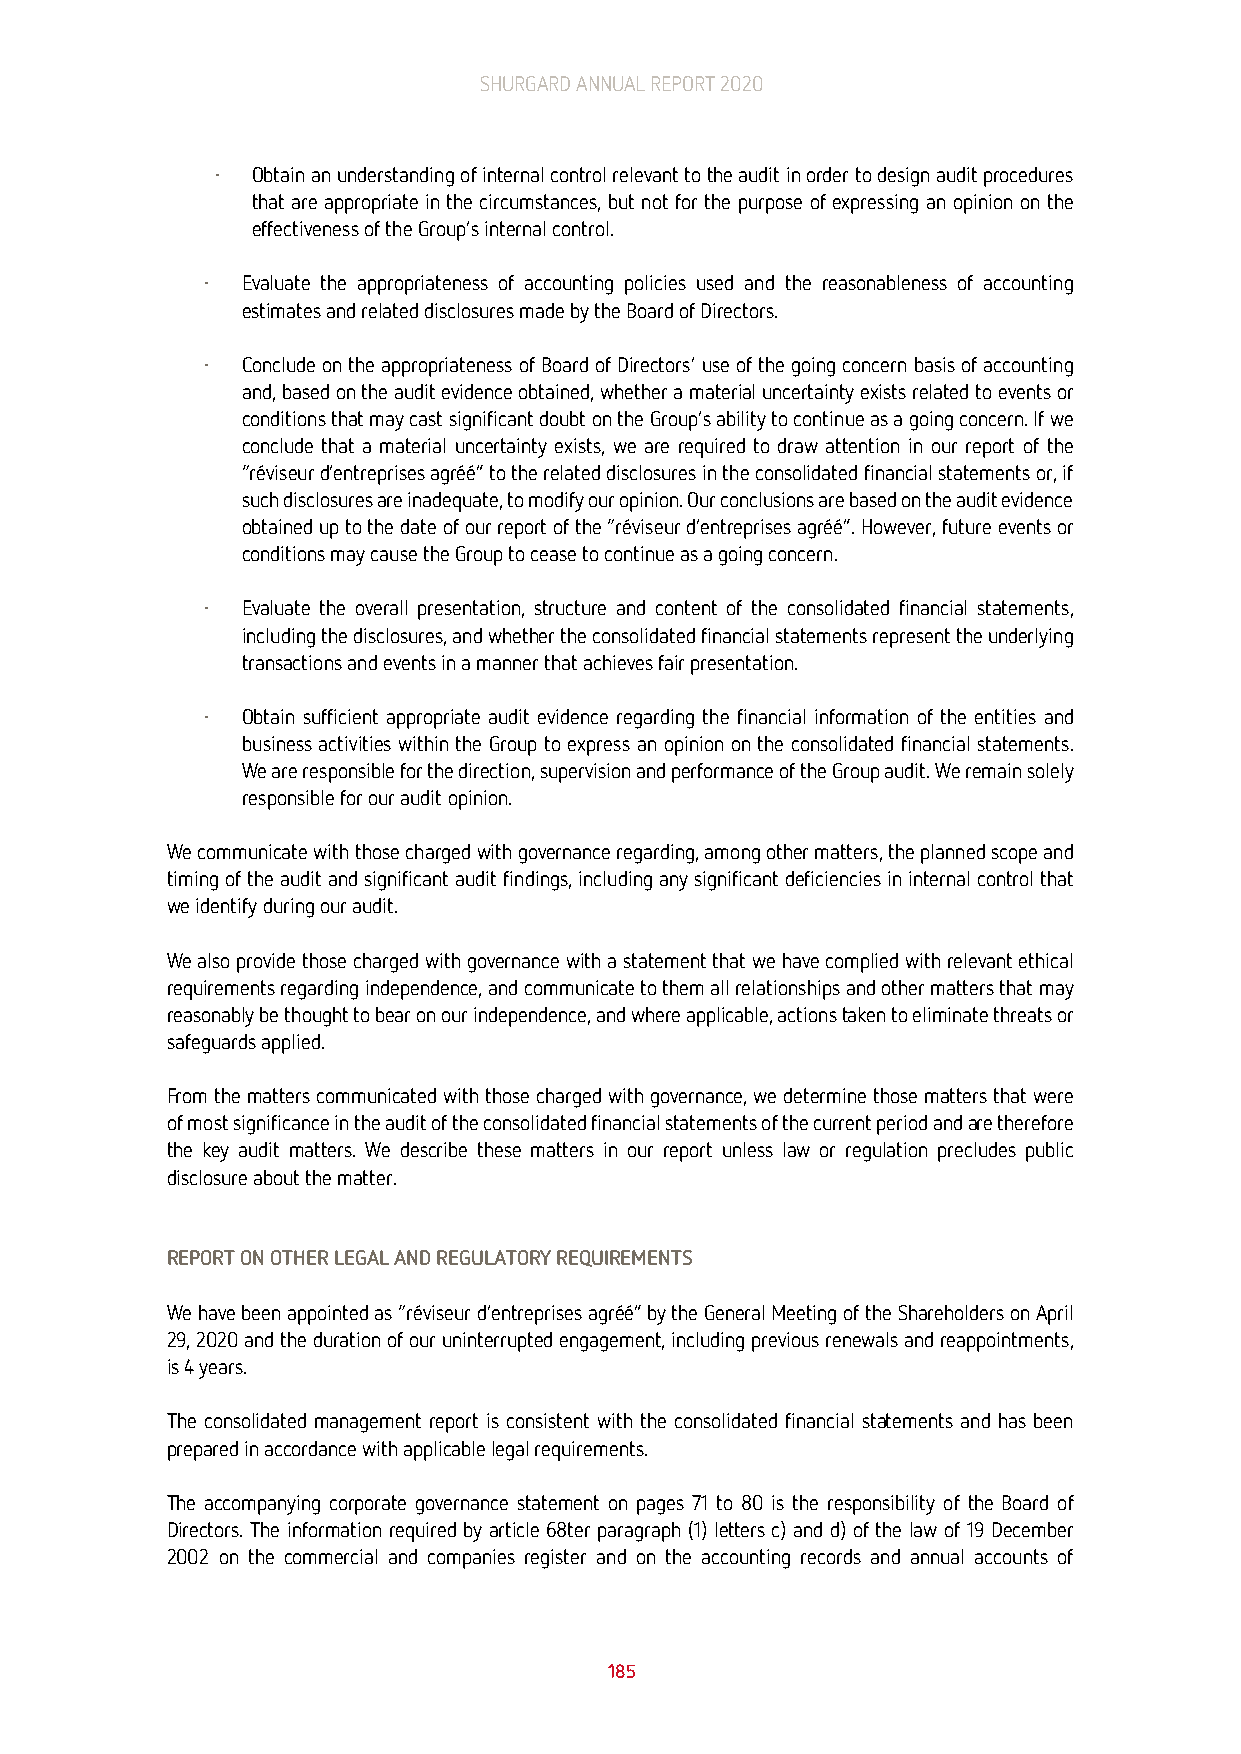
SHURGARD ANNUAL REPORT 2020
 ∙  Obtain an understanding of internal control relevant to the audit in order to design audit procedures
 that are appropriate in the circumstances, but not for the purpose of expressing an opinion on the
 effectiveness of the Group’s internal control.
 ∙ Evaluate the appropriateness of accounting policies used and the reasonableness of accounting
 estimates and related disclosures made by the Board of Directors.
 ∙ Conclude on the appropriateness of Board of Directors’ use of the going concern basis of accounting
 and, based on the audit evidence obtained, whether a material uncertainty exists related to events or
 conditions that may cast significant doubt on the Group’s ability to continue as a going concern. If we
 conclude that a material uncertainty exists, we are required to draw attention in our report of the
 “réviseur d’entreprises agréé” to the related disclosures in the consolidated financial statements or, if
 such disclosures are inadequate, to modify our opinion. Our conclusions are based on the audit evidence
 obtained up to the date of our report of the “réviseur d’entreprises agréé”. However, future events or
 conditions may cause the Group to cease to continue as a going concern.
 ∙ Evaluate the overall presentation, structure and content of the consolidated financial statements,
 including the disclosures, and whether the consolidated financial statements represent the underlying
 transactions and events in a manner that achieves fair presentation.
 ∙ Obtain sufficient appropriate audit evidence regarding the financial information of the entities and
 business activities within the Group to express an opinion on the consolidated financial statements.
 We are responsible for the direction, supervision and performance of the Group audit. We remain solely
 responsible for our audit opinion.
 We communicate with those charged with governance regarding, among other matters, the planned scope and
 timing of the audit and significant audit findings, including any significant deficiencies in internal control that
 we identify during our audit.
 We also provide those charged with governance with a statement that we have complied with relevant ethical
 requirements regarding independence, and communicate to them all relationships and other matters that may
 reasonably be thought to bear on our independence, and where applicable, actions taken to eliminate threats or
 safeguards applied.
 From the matters communicated with those charged with governance, we determine those matters that were
 of most significance in the audit of the consolidated financial statements of the current period and are therefore
 the key audit matters. We describe these matters in our report unless law or regulation precludes public
 disclosure about the matter.
 REPORT ON OTHER LEGAL AND REGULATORY REQUIREMENTS
 We have been appointed as “réviseur d’entreprises agréé” by the General Meeting of the Shareholders on April
 29, 2020 and the duration of our uninterrupted engagement, including previous renewals and reappointments,
 is 4 years.
 The consolidated management report is consistent with the consolidated financial statements and has been
 prepared in accordance with applicable legal requirements.
 The accompanying corporate governance statement on pages 71 to 80 is the responsibility of the Board of
 Directors. The information required by article 68ter paragraph (1) letters c) and d) of the law of 19 December
 2002 on the commercial and companies register and on the accounting records and annual accounts of
 185